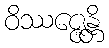
ဝိဿဇ္ဇေန္တိ